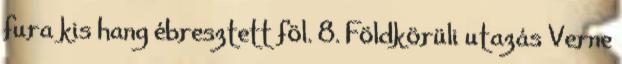
fura kis hang ébresztett föl. 8. Földkörüli utazás Verne